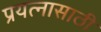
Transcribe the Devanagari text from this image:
प्रयत्‍नासाठी